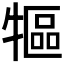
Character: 𤛐